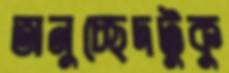
অনুচ্ছেদটুকু